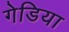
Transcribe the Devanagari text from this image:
गेडिया